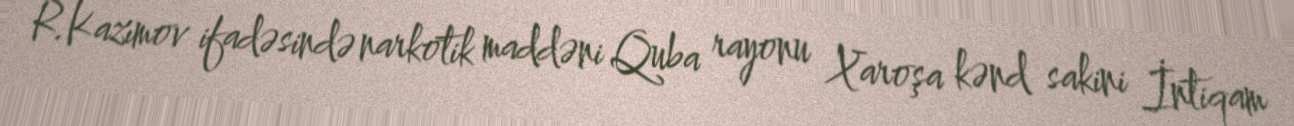
R.Kazımov ifadəsində narkotik maddəni Quba rayonu Xaroşa kənd sakini İntiqam